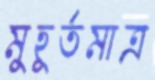
মুহূর্তমাত্র